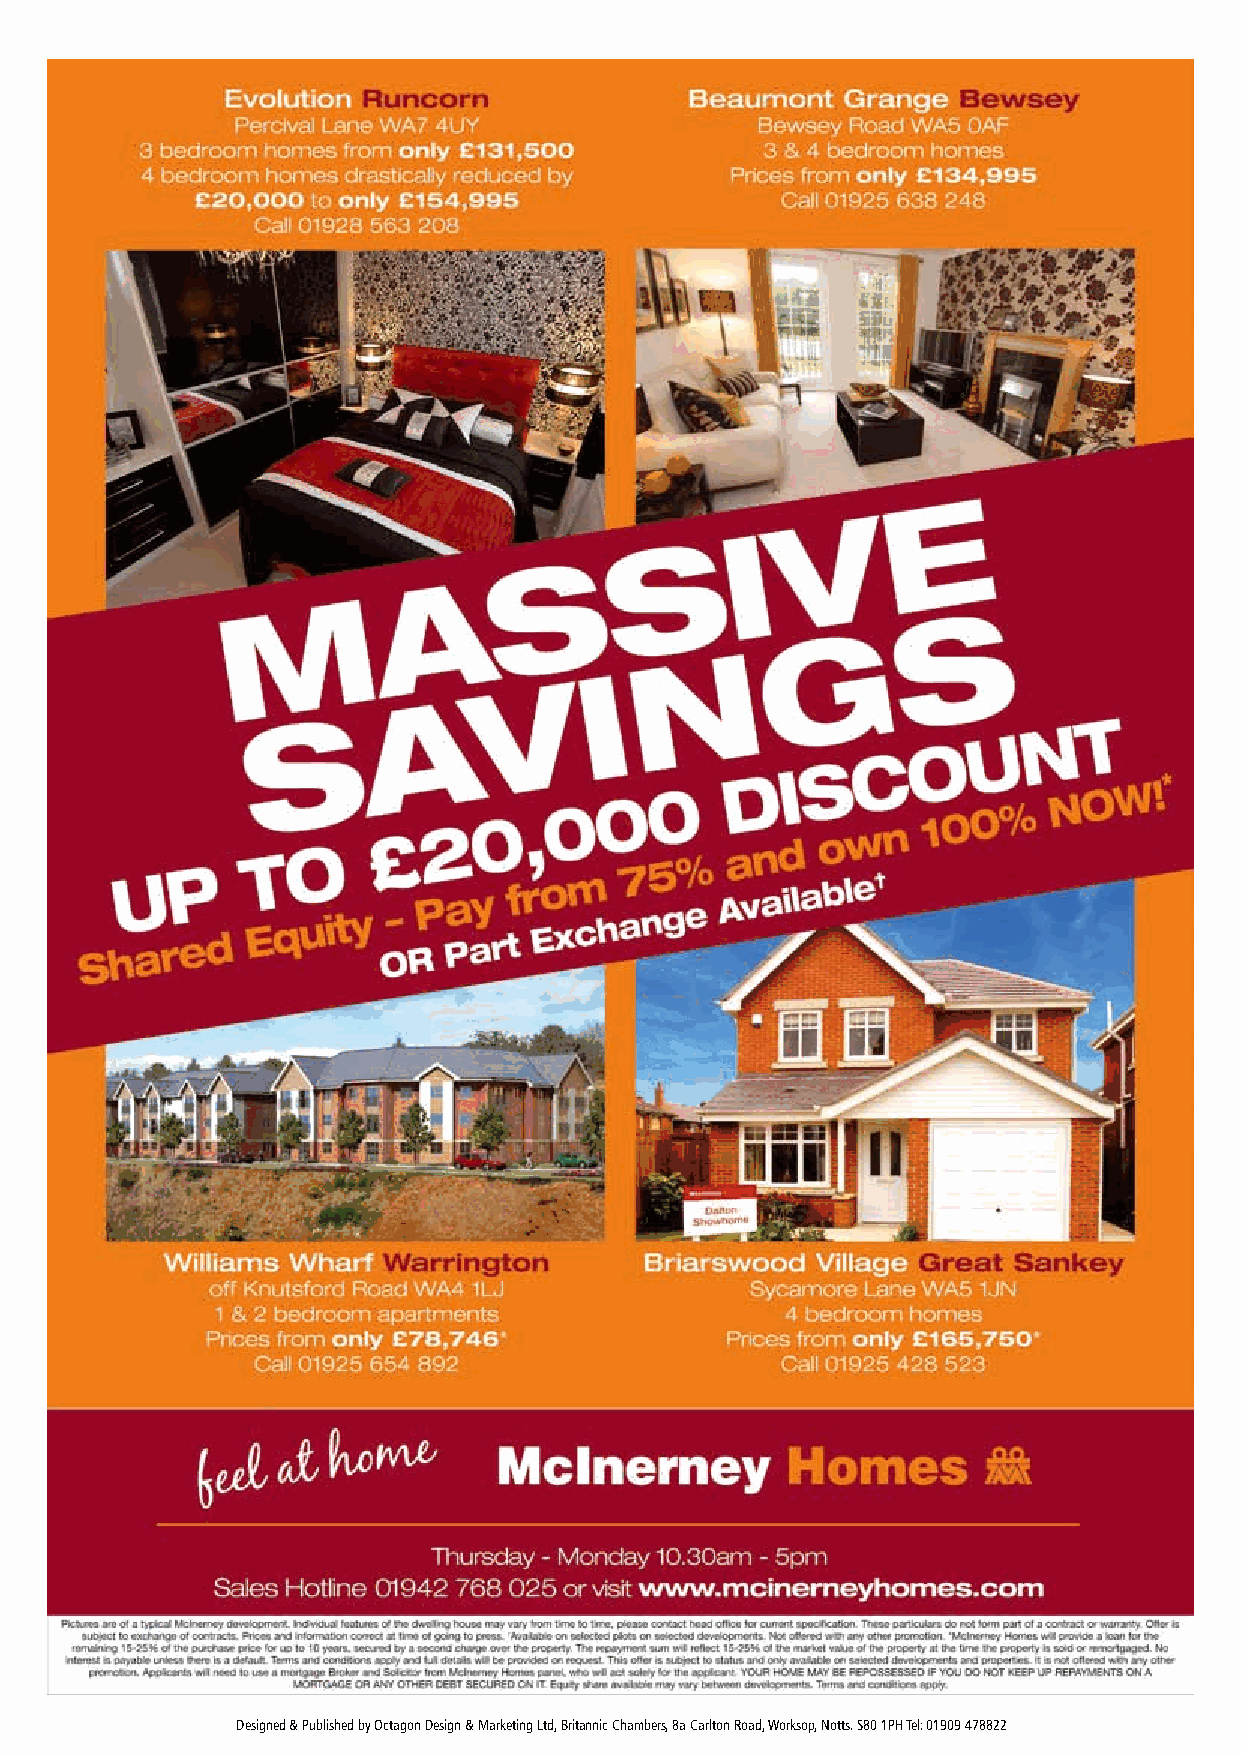
Designed & Published by Octagon Design & Marketing Ltd, Britannic Chambers, 8a Carlton Road, Worksop, Notts. S80 1PH Tel: 01909 478822